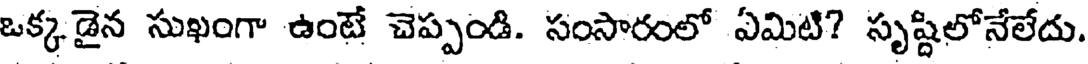
ఒక్క డైన సుఖంగా ఉంటే చెప్పండి. సంసారంలో ఏమిటి? సృష్టిలోనేలేదు.